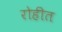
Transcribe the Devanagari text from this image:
रोहीत